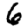
Digit: 6